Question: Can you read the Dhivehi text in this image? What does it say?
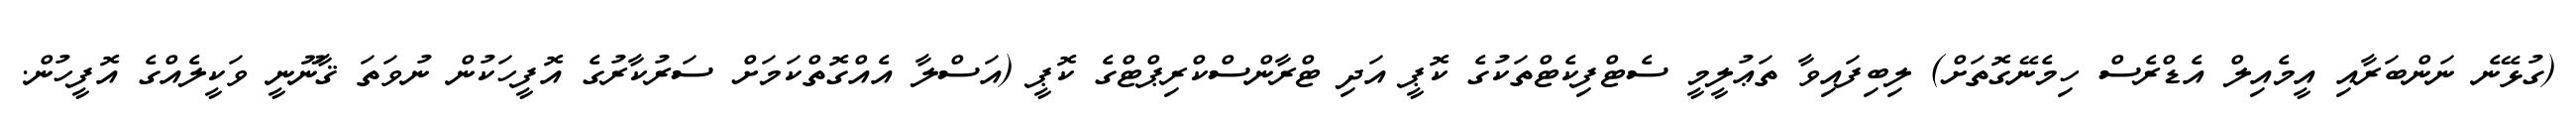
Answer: (ގުޅޭނެ ނަންބަރާއި އީމެއިލް އެޑްރެސް ހިމެނޭގޮތަށް) ލިބިފައިވާ ތަޢުލީމީ ސެޓްފިކެޓްތަކުގެ ކޮޕީ އަދި ޓްރާންސްކްރިޕްޓްގެ ކޮޕީ (އަސްލާ އެއްގޮތްކަމަށް ސަރުކާރުގެ އޮފީހަކުން ނުވަތަ ޤާނޫނީ ވަކީލެއްގެ އޮފީހުން.